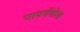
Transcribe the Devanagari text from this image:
पायथॅगोरस